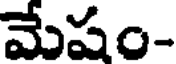
మేషం-